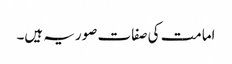
امامت کی صفات صوریہ ہیں۔